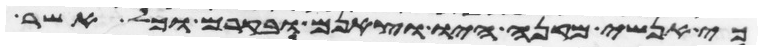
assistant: כי אנשי מקנה היו וצאנם ובקרם וכל אשר